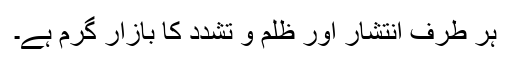
ہر طرف انتشار اور ظلم و تشدد کا بازار گرم ہے۔